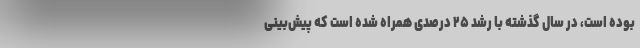
بوده است، در سال گذشته با رشد ۲۵ درصدی همراه شده است که پیش‌بینی